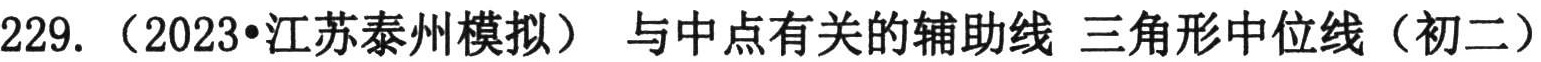
229. （2023•江苏泰州模拟） 与中点有关的辅助线 三角形中位线（初二）